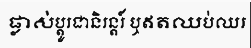
ផ្លាស់ប្តូរជានិរន្តរ៍ ឬឥតឈប់ឈរ